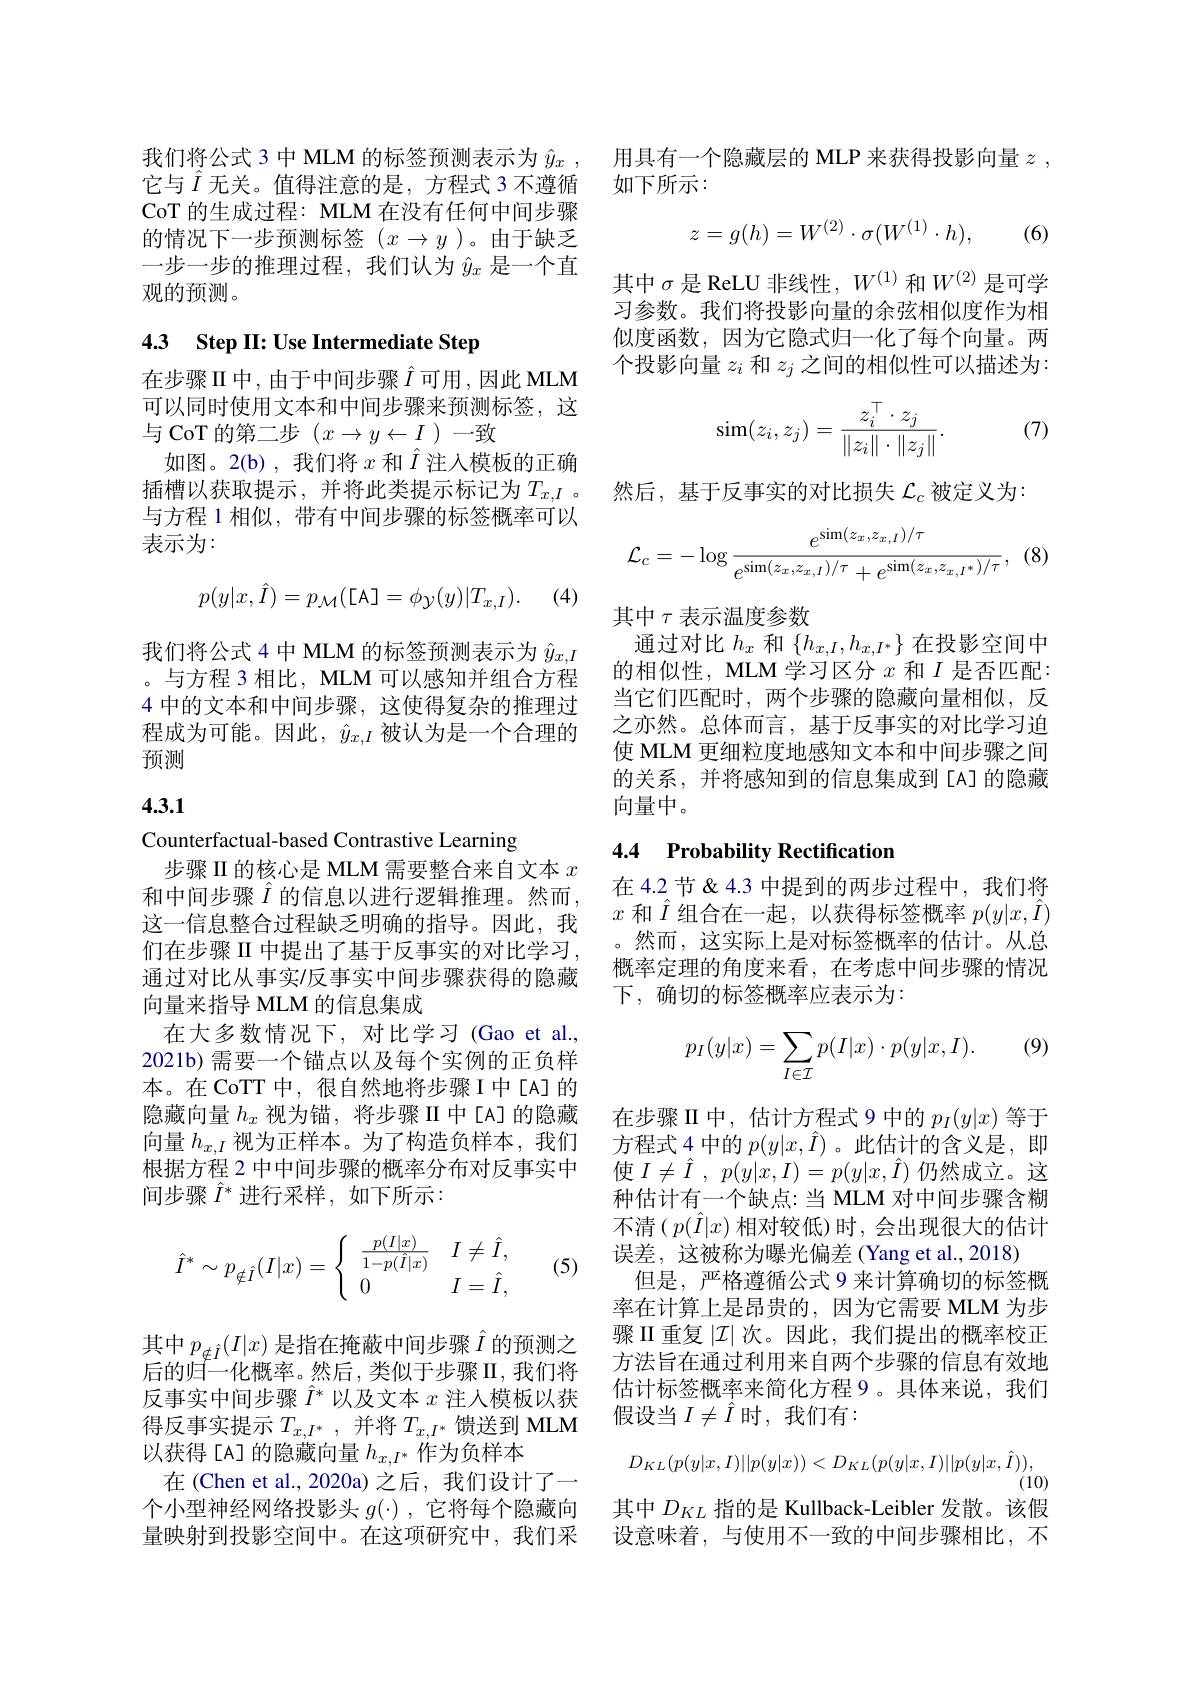
CoT 的生成过程：MLM 在没有任何中间步骤的情况下一步预测标签$(x\to y)$。由于缺乏一步一步的推理过程，我们认为$\hat{y}_x$是一个直观的预测。

# 43 Step II: Use Intermediate Step

在步骤II中，由于中间步骤$\hat{I}$可用，因此 MLM 可以同时使用文本和中间步骤来预测标签，这与 CoT 的第二步$(x\to y\leftarrow I$ )一致
如图。2(b),我们将$x$ 和$\hat{I}$ 注入模板的正确插槽以获取提示，并将此类提示标记为$T_x,I$。与方程 1 相似，带有中间步骤的标签概率可以表示为：
$$p(y|x,\hat{I})=p_{\mathcal{M}}([\mathsf{A}]=\phi_{\mathcal{Y}}(y)|T_{x,I}).$$
(4)

我们将公式 4 中 MLM 的标签预测表示为$\hat{y}_{x,I}$ 。与方程 3 相比，MLM 可以感知并组合方程4 中的文本和中间步骤，这使得复杂的推理过程成为可能。因此，$\hat{y}_x,I$被认为是一个合理的预测

## 4.3.1

Counterfactual-based Contrastive Learning
步骤 II 的核心是 MLM 需要整合来自文本$x$
这一信息整合过程缺乏明确的指导。因此，我们在步骤 II 中提出了基于反事实的对比学习， 通过对比从事实$\prime$反事实中间步骤获得的隐藏向量来指导 MLM 的信息集成
在大多数情况下，对比学习(Gao et al., 2021b) 需要一个锚点以及每个实例的正负样本。在CoTT 中，很自然地将步骤I中[A]的隐藏向量$h_x$视为锚，将步骤 II 中[A]的隐藏向量$h_{x,I}$视为正样本。为了构造负样本，我们根据方程 2 中中间步骤的概率分布对反事实中间步骤$\hat{I}^*$进行采样，如下所示：
$$\hat{I}^*\sim p_{\notin\hat{I}}(I|x)=\left\{\begin{array}{ll}\frac{p(I|x)}{1-p(\hat{I}|x)}&I\neq\hat{I},\\0&I=\hat{I},\end{array}\right.$$
(5)

其中$p_{\notin\hat{I}}(I|x)$是指在掩蔽中间步骤$\hat{I}$的预测之后的归一化概率。然后，类似于步骤 II,我们将反事实中间步骤$\hat{I}^*$以及文本$x$注入模板以获得反事实提示$T_{x, I^* }$ ,并将$T_{x,I^*}$馈送到 MLM 以获得[A]的隐藏向量$h_x,I^*$作为负样本
在 (Chen et al.,2020a) 之后，我们设计了一个小型神经网络投影头$g(\cdot)$ ,它将每个隐藏向量映射到投影空间中。在这项研究中，我们采

我们将公式 3 中 MLM 的标签预测表示为 $\hat{y} _x$ , 用具有一个隐藏层的 MLP 来获得投影向量 $z$ ,
它与$\hat{I}$ 无关。值得注意的是，方程式 3 不遵循 如下所示：

(6)
$$z=g(h)=W^{(2)}\cdot\sigma(W^{(1)}\cdot h),$$
其中$\sigma$是 ReLU 非线性，$W^{(1)}$和$W^{(2)}$是可学习参数。我们将投影向量的余弦相似度作为相似度函数，因为它隐式归一化了每个向量。两个投影向量$z_i$和$z_j$之间的相似性可以描述为：
$$\begin{aligned}\sin(z_i,z_j)&=\frac{z_i^\top\cdot z_j}{\|z_i\|\cdot\|z_j\|}.\end{aligned}$$
(7)

然后，基于反事实的对比损失$\mathcal{L}_c$被定义为：
$$\mathcal{L}_{c}=-\log\frac{e^{\sin(z_{x},z_{x,I})/\tau}}{e^{\sin(z_{x},z_{x,I})/\tau}+e^{\sin(z_{x},z_{x,I^{*}})/\tau}},$$
其中$\tau$表示温度参数
通过对比$h_x$和$\{h_x,I,h_{x,I^*}\}$在投影空间中的相似性，MLM 学习区分$x$和$I$是否匹配： 当它们匹配时，两个步骤的隐藏向量相似，反之亦然。总体而言，基于反事实的对比学习迫使 MLM 更细粒度地感知文本和中间步骤之间的关系，并将感知到的信息集成到[A]的隐藏向量中。

### 4.4 Probability Rectification

$\begin{aligned}&\text{和中间步骤 }\hat{I}\text{ 的信息以进行逻辑推理。然而，}&\text{在4.2节}\&4.3\text{ 中提到的两步过程中，我们将}\\&\text{这一信息整合讨程缺乏明确的指导。因此，我}&x\text{ 和 }\hat{I}\text{ 组合在一起，以获得标签概率 }p(y|x,\hat{I})\end{aligned}$
。然而，这实际上是对标签概率的估计。从总概率定理的角度来看，在考虑中间步骤的情况下，确切的标签概率应表示为：

(9)
$$\begin{aligned}p_I(y|x)=\sum_{I\in\mathcal I}p(I|x)\cdot p(y|x,I).\end{aligned}$$
在步骤II中，估计方程式 9 中的$p_I(y|x)$等于方程式 4 中的$p(y|x,\hat{I})$ 。此估计的含义是，即使$I\neq\hat{I},p(y|x,I)=p(y|x,\hat{I})$仍然成立。这种估计有一个缺点：当 MLM 对中间步骤含糊不清$(p(\hat{I}|x)$ 相对较低)时，会出现很大的估计误差，这被称为曝光偏差(Yang et al.,2018)
但是，严格遵循公式 9 来计算确切的标签概率在计算上是昂贵的，因为它需要 MLM 为步骤 II 重复$|\mathcal{I}|$次。因此，我们提出的概率校正方法旨在通过利用来自两个步骤的信息有效地估计标签概率来简化方程 9。具体来说，我们假设当$I\neq\hat{I}$时，我们有：
$$D_{KL}(p(y|x,I)||p(y|x))<D_{KL}(p(y|x,I)||p(y|x,\hat{I})),$$
其中$D_{KL}$指的是 Kullback-Leibler 发散。该假

设意味着，与使用不一致的中间步骤相比，不